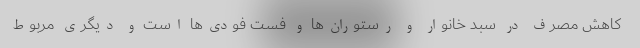
کاهش مصرف در سبد خانوار و رستوران‌ها و فست فودی‌ها است و دیگری مربوط